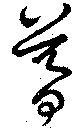
暮